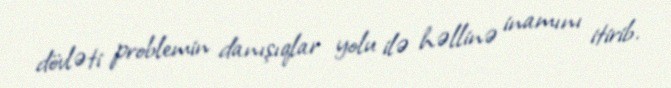
dövləti problemin danışıqlar yolu ilə həllinə inamını itirib.